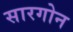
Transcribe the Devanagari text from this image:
सारगोन